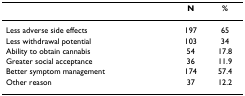
<table><thead><tr><td></td><td><b>N</b></td><td><b>%</b></td></tr></thead><tbody><tr><td>Less adverse side effects</td><td>197</td><td>65</td></tr><tr><td>Less withdrawal potential</td><td>103</td><td>34</td></tr><tr><td>Ability to obtain cannabis</td><td>54</td><td>17.8</td></tr><tr><td>Greater social acceptance</td><td>36</td><td>11.9</td></tr><tr><td>Better symptom management</td><td>174</td><td>57.4</td></tr><tr><td>Other reason</td><td>37</td><td>12.2</td></tr></tbody></table>